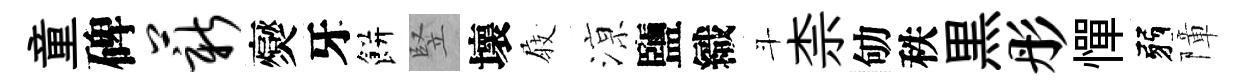
童碑薪爕牙餅竪壞𡲆鿌鹽織斗柰劬秩黒彤憚弱障